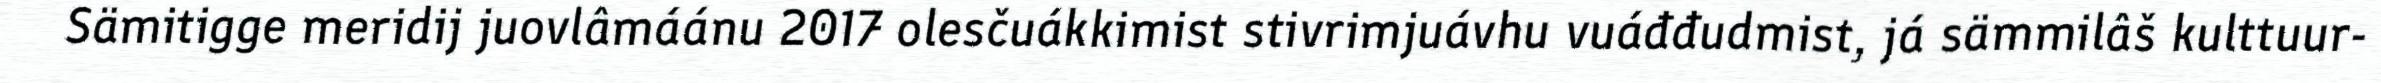
Sämitigge meridij juovlâmáánu 2017 olesčuákkimist stivrimjuávhu vuáđđudmist, já sämmilâš kulttuur-